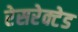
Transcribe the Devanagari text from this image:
रेसरेक्टेड